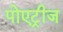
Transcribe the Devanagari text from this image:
पोएट्रीज